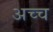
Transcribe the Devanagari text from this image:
अच्च